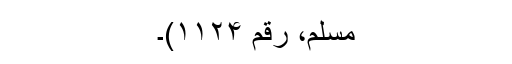
مسلم، رقم ۱۱۲۴)۔